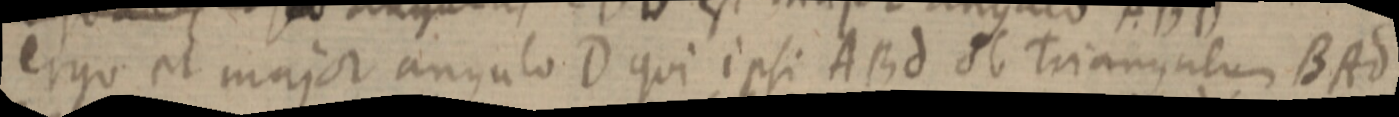
ergo et major angulo D qui ipsi ABd ab Triangulum BAd